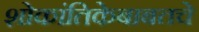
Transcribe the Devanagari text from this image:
शोकांतिकेबाबतचे